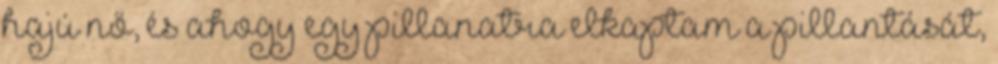
hajú nő, és ahogy egy pillanatra elkaptam a pillantását,